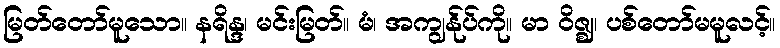
မြတ်တော်မူသော။ နရိန္ဒ၊ မင်းမြတ်။ မံ၊ အကျွန်ုပ်ကို။ မာ ဝိဇ္ဈ၊ ပစ်တော်မမူလင့်။